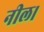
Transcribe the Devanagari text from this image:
नील।